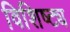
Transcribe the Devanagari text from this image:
विशिष्ट्य